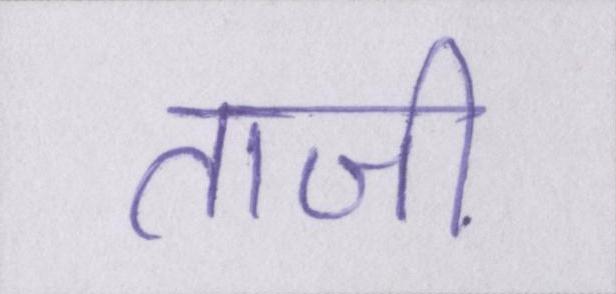
ताजी